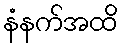
နံနက်အထိ